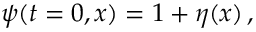
\psi ( t = 0 , x ) = 1 + \eta ( x ) \, ,